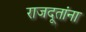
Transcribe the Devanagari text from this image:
राजदूतांना